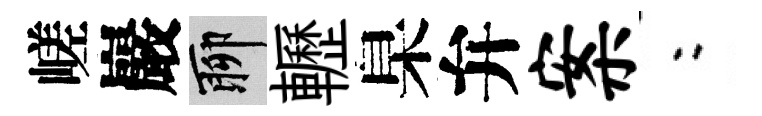
嵯巖聊轣臬弁案欸